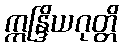
ဣန္ဒြိယဂုတ္တိ